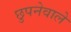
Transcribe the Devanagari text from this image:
छुपनेवाले